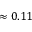
\approx 0 . 1 1